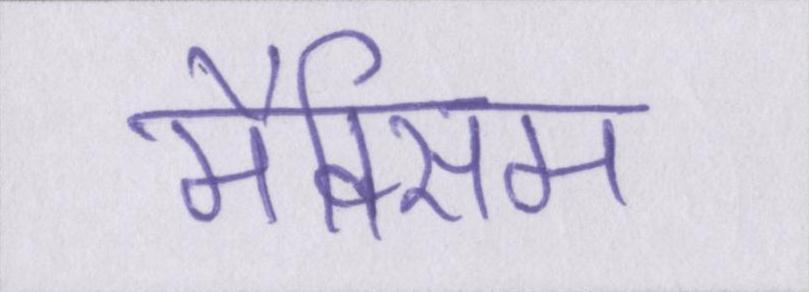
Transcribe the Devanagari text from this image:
मैक्सिम